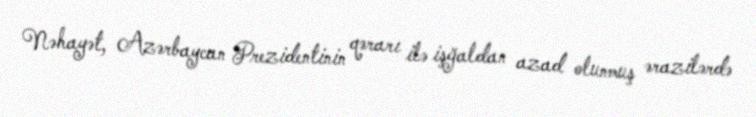
Nəhayət, Azərbaycan Prezidentinin qərarı ilə işğaldan azad olunmuş ərazilərdə